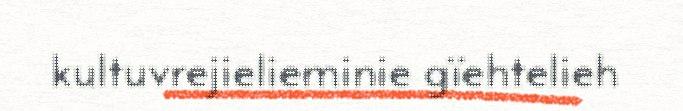
kultuvrejielieminie gïehtelieh